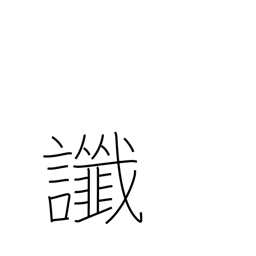
Meaning: omen